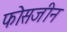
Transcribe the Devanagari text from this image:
फोसजीन